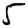
Digit: 5